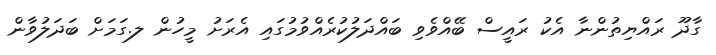
ގާދޫ ރައްޔިތުންނާ އެކު ރައީސް ބޭއްވެވި ބައްދަލުކުރެއްވުމުގައި އެރަށު މީހުން ލ.ގަމަށް ބަދަލުވާން